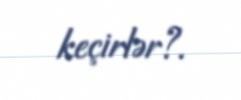
keçirlər?.